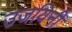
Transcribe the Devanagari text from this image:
उजयिनी